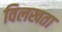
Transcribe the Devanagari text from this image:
विलखता